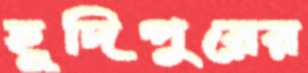
হূদিপুরের